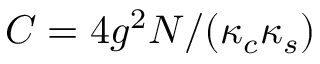
C = 4 g ^ { 2 } N / ( \kappa _ { c } \kappa _ { s } )